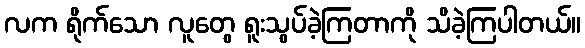
လက ရိုက်သော လူတွေ ရူးသွပ်ခဲ့ကြတာကို သိခဲ့ကြပါတယ်။